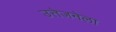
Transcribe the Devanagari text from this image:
उत्तेजनेला